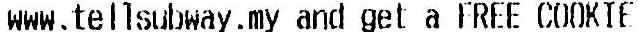
WWW.TELLSUBWAY.MY AND GET A FREE COOKIE